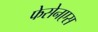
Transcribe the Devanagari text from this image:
फेसेनएस